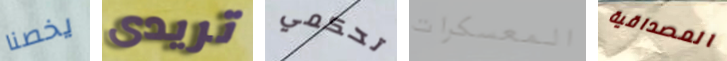
يخصنا تريدى تحكمي المعسكرات المصداقية